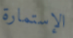
الإستمارة